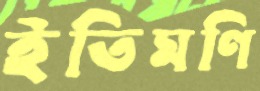
ইতিমণি